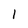
Character: 1